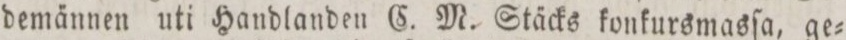
demännen uti Handlanden c. M. Stäcks konkursmasſa, ge=